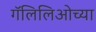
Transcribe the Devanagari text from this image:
गॅलिलिओच्या